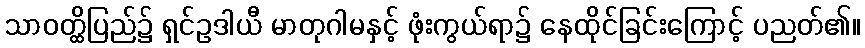
သာဝတ္ထိပြည်၌ ရှင်ဥဒါယီ မာတုဂါမနှင့် ဖုံးကွယ်ရာ၌ နေထိုင်ခြင်းကြောင့် ပညတ်၏။